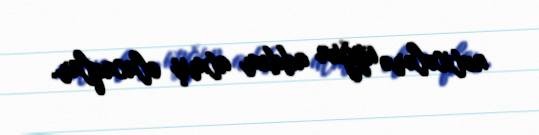
nəticələrə uyğun addım atmış olacaqlar.